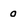
Character: 0